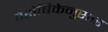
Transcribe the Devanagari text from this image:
वैशेषिकेनुसार